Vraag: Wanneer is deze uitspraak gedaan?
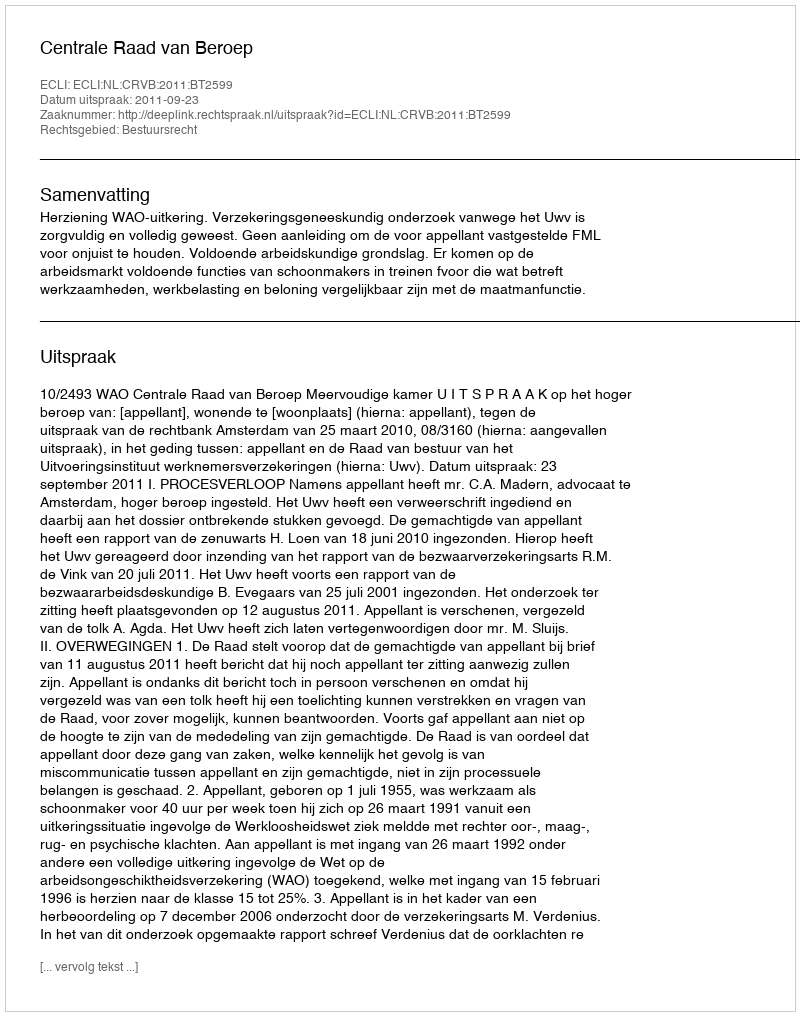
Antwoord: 2011-09-23